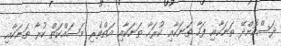
ދަސްކޮށްދޭ ތަނަކާއި ފަހާ ތަނަކާއި ކުރަހާ ތަނަކާއި އަތްތެރި މަސައްކަތް ކުރާ ތަނަކާއި